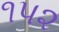
૧પ૨